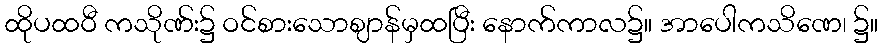
ထိုပထဝီ ကသိုဏ်း၌ ဝင်စားသောဈာန်မှထပြီး နောက်ကာလ၌။ အာပေါကသိဏေ၊ ၌။